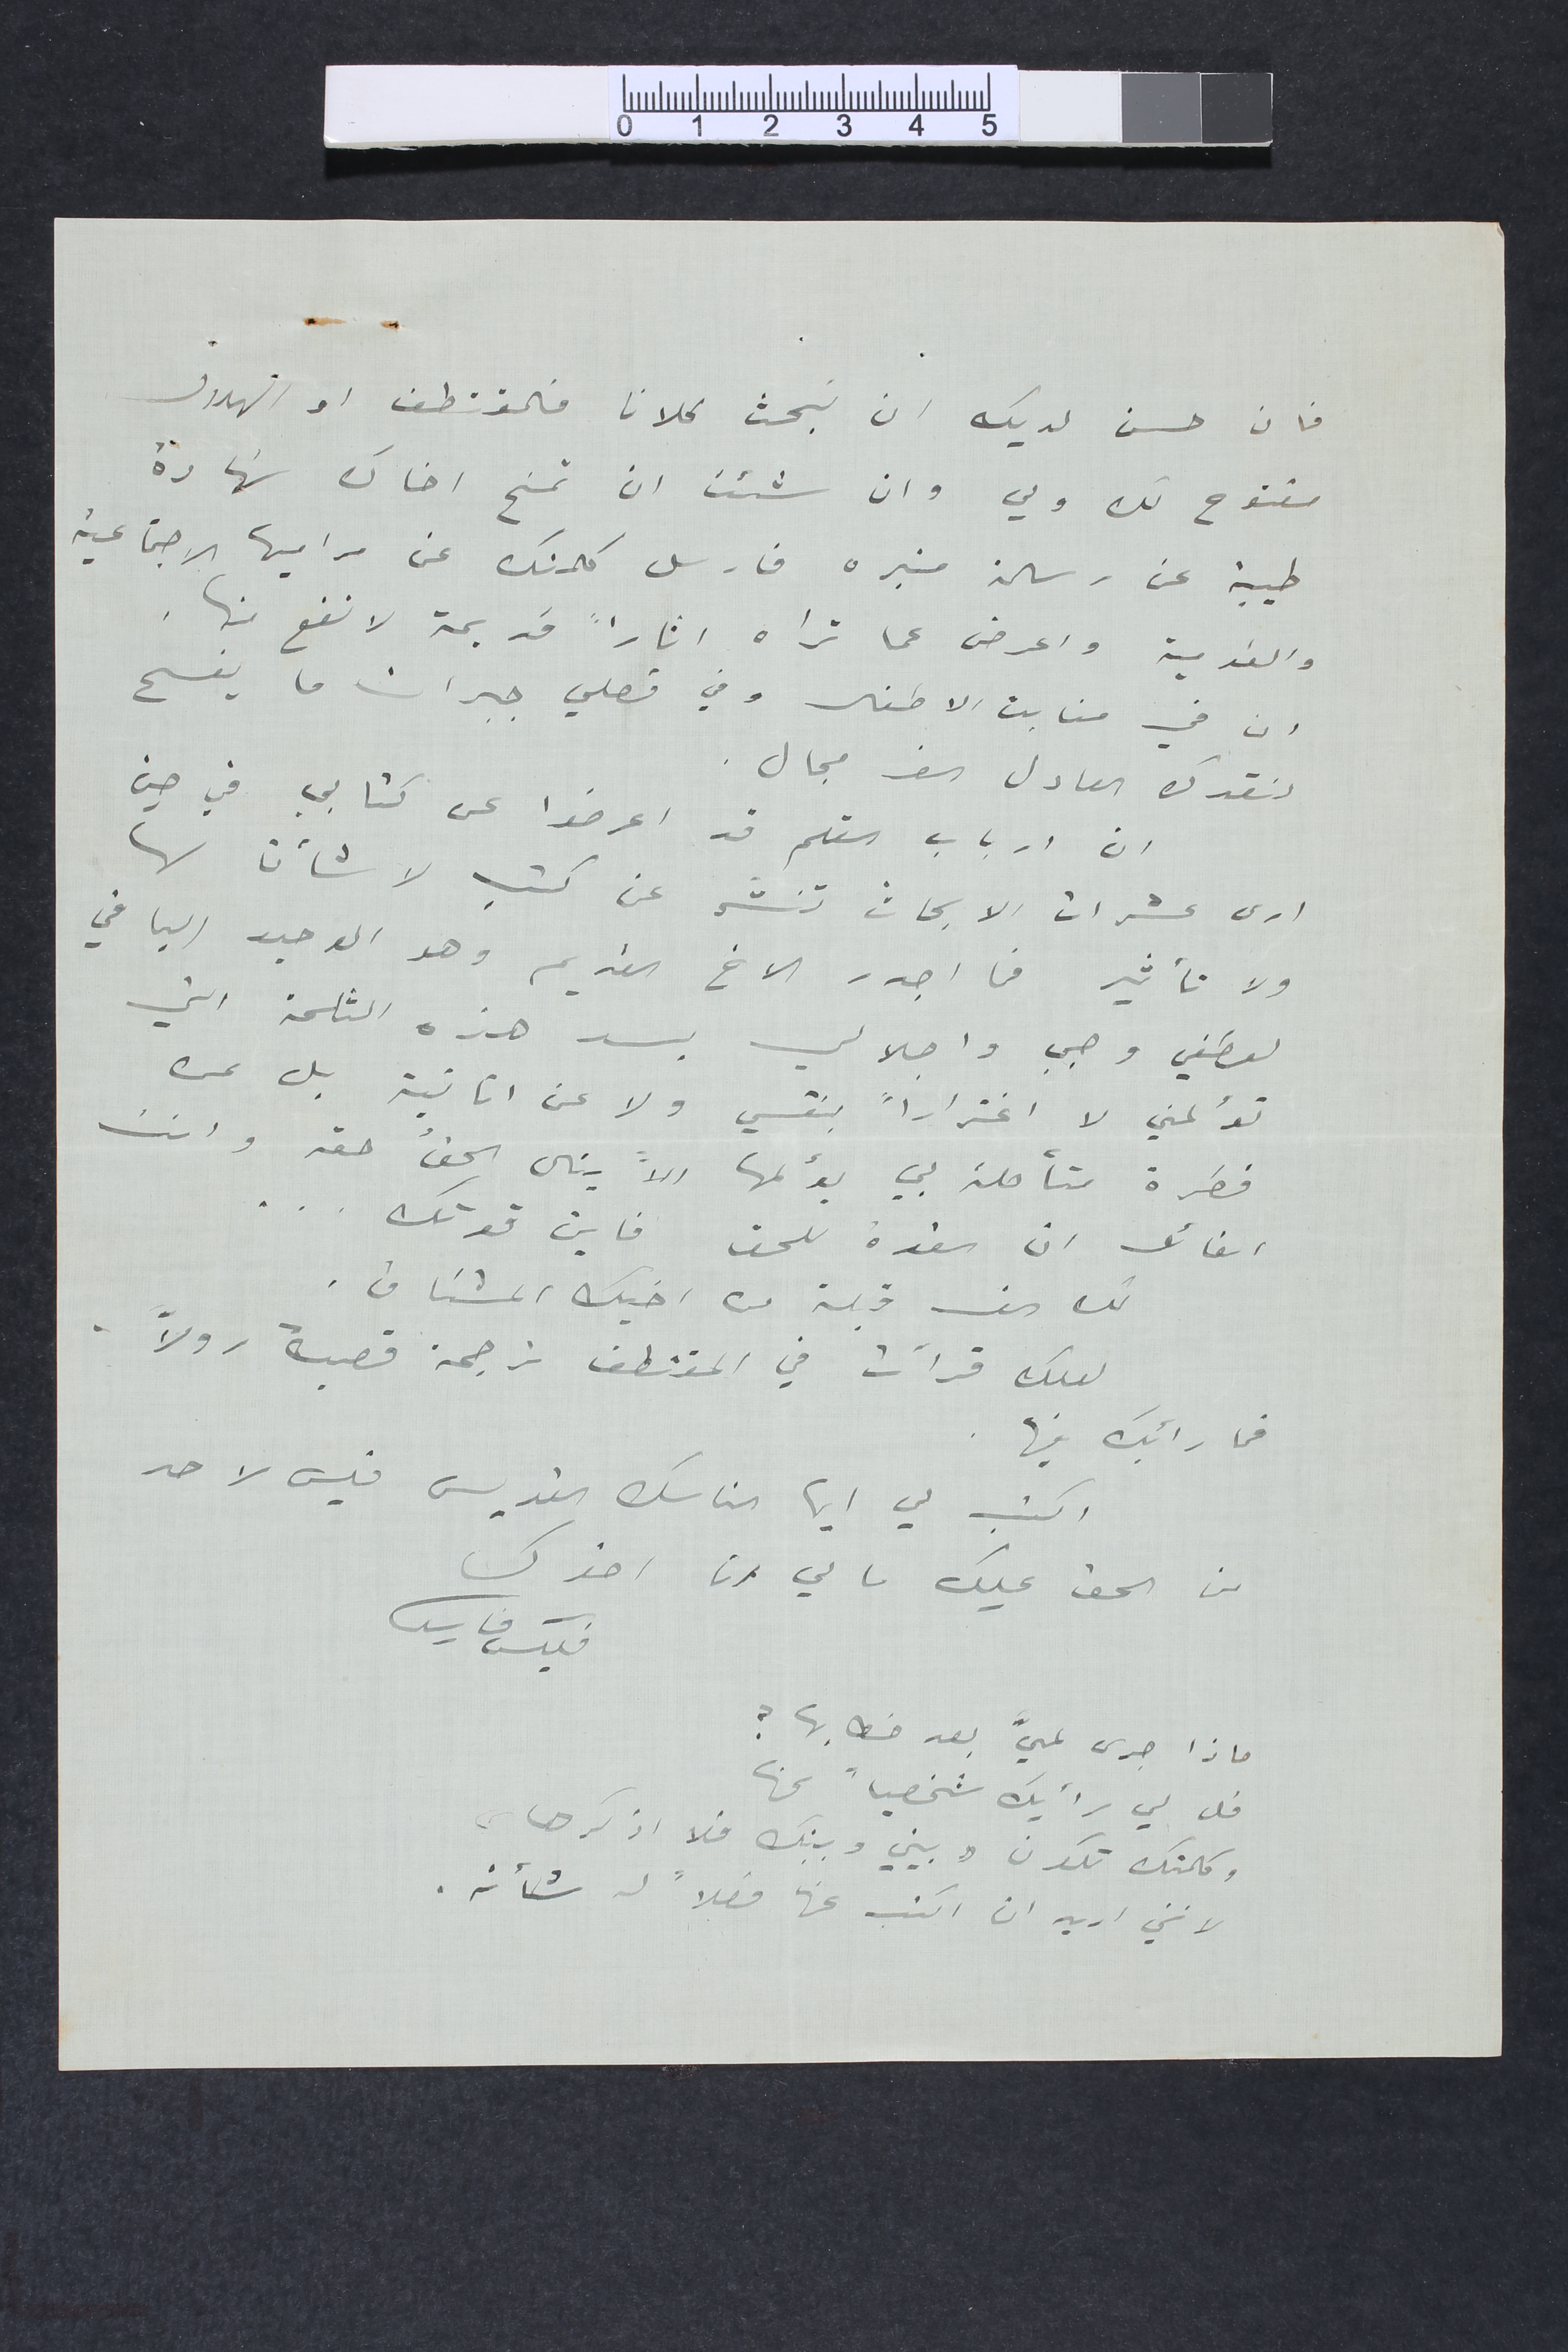
فان حسن لديك ان نبحث كلانا فالمقتطف او الهلال
مفتوح لك ولي وان شئت ان تمنح اخاك شهادة
طيبة عن رسالة منبره فارسل كلمتك عن مراميها الاجتماعية
والقومية واعرض عما تراه اثارا قديمة لا نفع منها.
ان في منابت الاطفال وفي فصلي جبران ما يفسح
لنقدك العادل الف مجال.
ان ارباب القلم قد اعرضوا عن كتابي في حين
ارى عشرات الابحاث تنشر عن كتب لا شأن لها
ولا تأثير فما اجدر الاخ القديم وهو الوحيد الباقي
لعطفي وحبي واجلالي بسد هذه الثلمة التي
تؤلمني لا اغتراراً بنفسي ولا من انانية بل عن
فطرة متأصلة بي يؤلمها الاً ينال الحقُ حقه وانت
القائل ان القوة للحق فأين قوتك ...
لك  الف قبلة من اخيك المشتاق.
 لعلك قرأت في المقتطف ترجمة قصة رولاً.
فما رأيك فيها.
اكتب لي ايها الناسك  القديس فليس لاحد
من الحق عليك ما لي انا
اخوك
فليكس فارس
ماذا جرى لميَّ بعد خطابها ؟
قل لي رأيك شخصياً بها
وكلمتك تكون " بيني وبينك فلا اذكرها "
لانني اريد ان اكتب عنها فصلاً له شأنه.